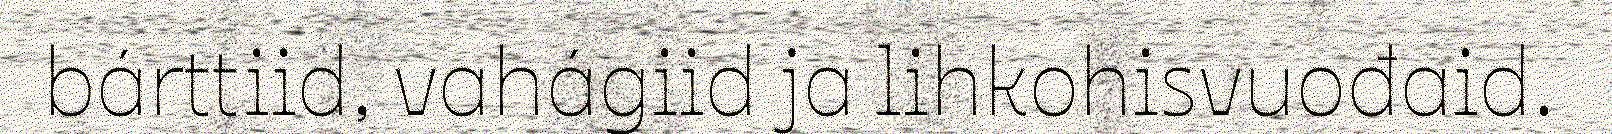
bárttiid, vahágiid ja lihkohisvuođaid.